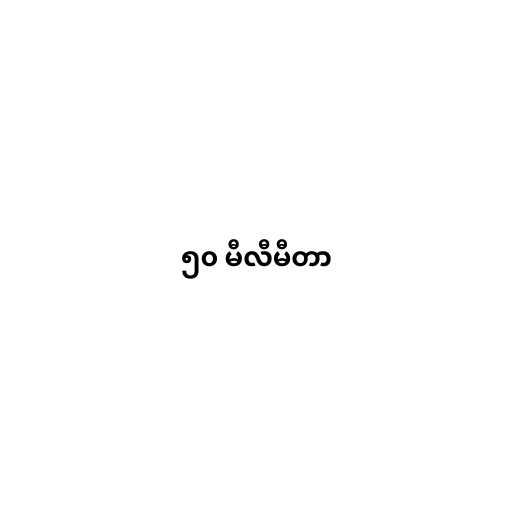
၅၀ မီလီမီတာ